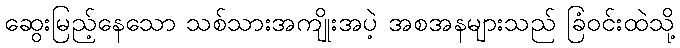
ဆွေးမြည့်နေသော သစ်သားအကျိုးအပဲ့ အစအနများသည် ခြံဝင်းထဲသို့